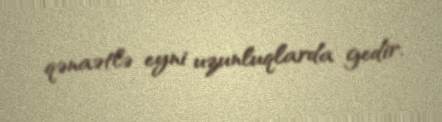
qənaətlə eyni uzunluqlarda gedir.